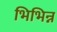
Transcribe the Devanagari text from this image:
भिभिन्न